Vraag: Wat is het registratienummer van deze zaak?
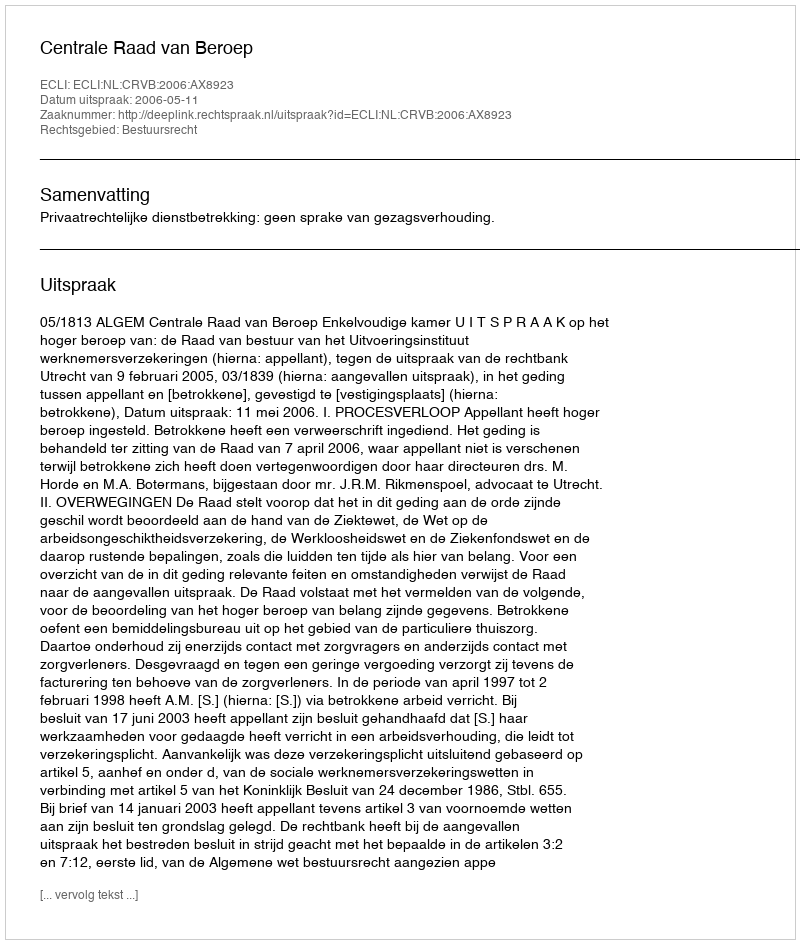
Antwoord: http://deeplink.rechtspraak.nl/uitspraak?id=ECLI:NL:CRVB:2006:AX8923